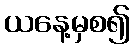
ယနေ့မှစ၍